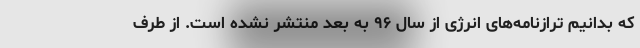
که بدانیم ترازنامه‌های انرژی از سال ۹۶ به بعد منتشر نشده است. از طرف